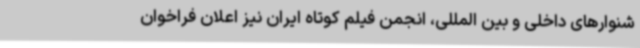
شنوارهای داخلی و بین المللی، انجمن فیلم کوتاه ایران نیز اعلان فراخوان